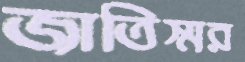
জাতিস্মর